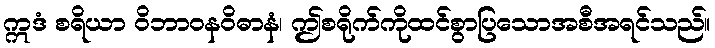
ဣဒံ စရိယာ ဝိဘာဝနဝိဓာနံ၊ ဤစရိုက်ကိုထင်စွာပြသောအစီအရင်သည်။